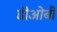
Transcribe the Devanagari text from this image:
डीओबी